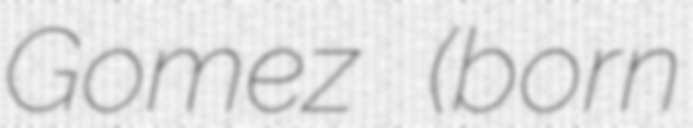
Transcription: Gomez (born